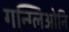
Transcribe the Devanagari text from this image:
गन्ग्लिओनि